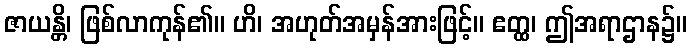
ဇာယန္တိ၊ ဖြစ်လာကုန်၏။ ဟိ၊ အဟုတ်အမှန်အားဖြင့်။ ဧတ္ထ၊ ဤအရာဌာန၌။